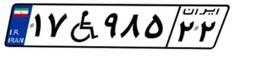
۲۵W۷۲۱۱۳